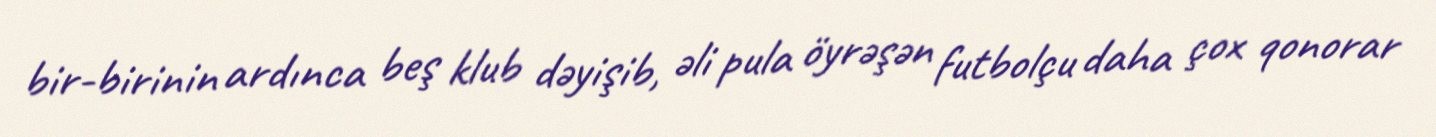
bir-birinin ardınca beş klub dəyişib, əli pula öyrəşən futbolçu daha çox qonorar